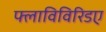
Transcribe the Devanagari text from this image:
फ्लाविविरिडए